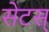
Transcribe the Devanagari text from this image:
सेटस्